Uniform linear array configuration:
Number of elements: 24
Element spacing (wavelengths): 0.25
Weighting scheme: binomial
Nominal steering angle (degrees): -30
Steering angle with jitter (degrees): -30.229
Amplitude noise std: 0.05
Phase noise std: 0.05

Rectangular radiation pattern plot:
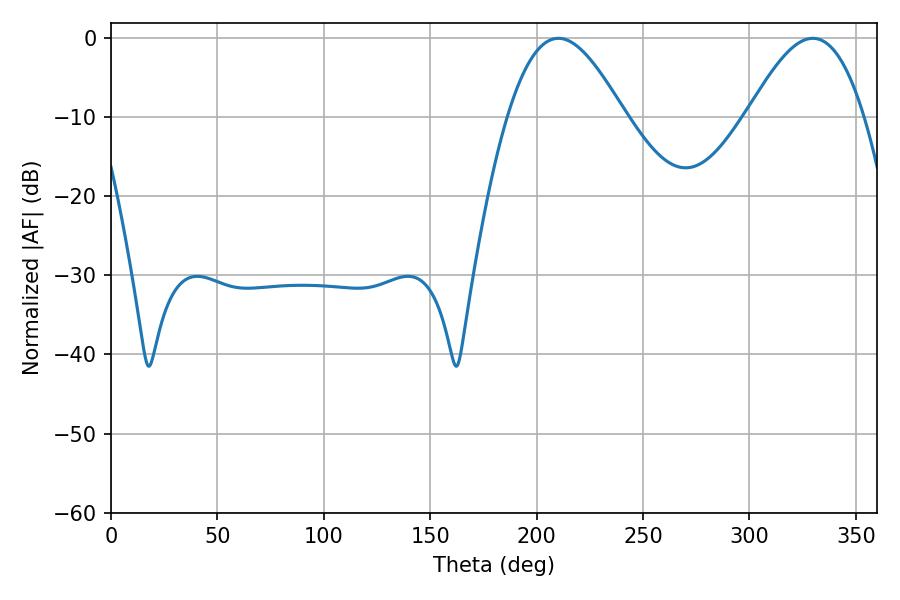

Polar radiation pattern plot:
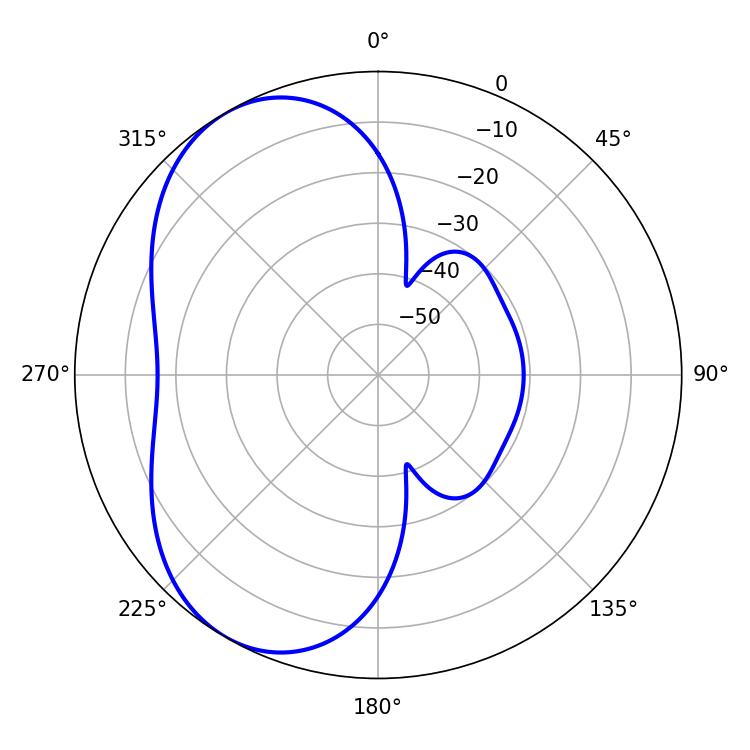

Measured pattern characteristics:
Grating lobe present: FALSE
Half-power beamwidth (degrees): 29.52
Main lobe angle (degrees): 210.24